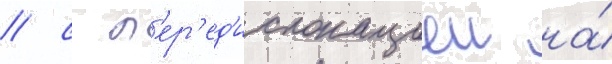
/ с п'ер'ед'ислокациеи на́